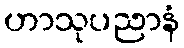
ဟာသုပညာနံ